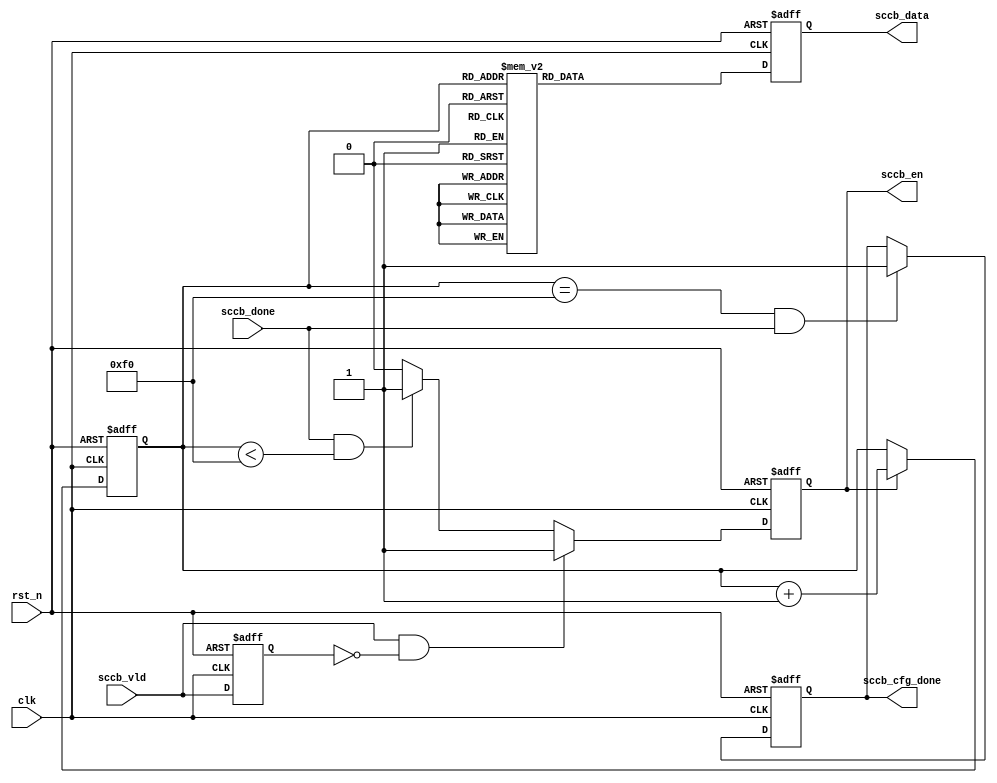
module sccb_ov5640_cfg
#(
    parameter CMOS_H_PIXEL      = 12'd640           ,
    parameter CMOS_V_PIXEL      = 12'd480           ,
    parameter TOTAL_H_PIXEL     = 13'd1800          ,
    parameter TOTAL_V_PIXEL     = 13'd1000          ,
    parameter REG_NUM           = 240                
)
(
    input   wire                clk                 ,
    input   wire                rst_n               ,
    input   wire                sccb_vld            ,
    input   wire                sccb_done           ,
    output  reg                 sccb_en             ,
    output  reg     [23:0]      sccb_data           ,
    output  reg                 sccb_cfg_done        
);

    reg                         sccb_vld_r          ;
    wire                        sccb_start          ;
    reg    [7:0]                reg_cnt             ;

always @(posedge clk or negedge rst_n) begin
    if(!rst_n)
        sccb_vld_r <= 1'b0;
    else
        sccb_vld_r <= sccb_vld;
end

assign sccb_start = sccb_vld && ~sccb_vld_r;

always @(posedge clk or negedge rst_n) begin
    if(!rst_n)
        sccb_en <= 1'b0;
    else if(sccb_start)                   
        sccb_en <= 1'b1;
    else if(sccb_done && reg_cnt < REG_NUM)
        sccb_en <= 1'b1;
    else
        sccb_en <= 1'b0;    
end 
 
always @(posedge clk or negedge rst_n) begin
    if(!rst_n)
        reg_cnt <= 8'd0;
    else if(sccb_en)   
        reg_cnt <= reg_cnt + 8'b1;
end

always @(posedge clk or negedge rst_n) begin
    if(!rst_n)
        sccb_cfg_done <= 1'b0;
    else if((reg_cnt == REG_NUM) && sccb_done)
        sccb_cfg_done <= 1'b1;  
end        

always @(posedge clk or negedge rst_n) begin
    if(!rst_n)
        sccb_data <= 24'b0;
    else begin
        case(reg_cnt)
// ------------------------------------------------------------------------------------
            8'd0  : sccb_data <= {16'h3008,8'h02}; // Bit[7]: Bit[6]:
            8'd1  : sccb_data <= {16'h300e,8'h58}; //DVP  DVP enable
            8'd2  : sccb_data <= {16'h4300,8'h61}; // RGB565
            8'd3  : sccb_data <= {16'h503d,8'h00}; // 00 80 81 82
//PLL -----------------------------------------------------------------------------------------
            8'd4  : sccb_data <= {16'h3035,8'h11}; //PLL
            8'd5  : sccb_data <= {16'h3036,8'h3c}; //PLL
            8'd6  : sccb_data <= {16'h3037,8'h13}; //PLL bit[4]:0/1 bypass/2
//ISP(VGA) --------------------------------------------------------------------------------
            8'd7  : sccb_data <= {16'h3800,8'h00};
            8'd8  : sccb_data <= {16'h3801,8'h00};
            8'd9  : sccb_data <= {16'h3802,8'h00};
            8'd10 : sccb_data <= {16'h3803,8'h04};
            8'd11 : sccb_data <= {16'h3804,8'h0a};
            8'd12 : sccb_data <= {16'h3805,8'h3f};
            8'd13 : sccb_data <= {16'h3806,8'h07};
            8'd14 : sccb_data <= {16'h3807,8'h9b};
// --------------------------------------------------------------------------------
            8'd15 : sccb_data <= {16'h3808,{4'd0,CMOS_H_PIXEL[11:8]  }}; //4
            8'd16 : sccb_data <= {16'h3809,      CMOS_H_PIXEL[ 7:0]   }; //8
            8'd17 : sccb_data <= {16'h380a,{5'd0,CMOS_V_PIXEL[10:8]  }}; //3
            8'd18 : sccb_data <= {16'h380b,      CMOS_V_PIXEL[ 7:0]   }; //8
            
            8'd19 : sccb_data <= {16'h380c,{3'd0,TOTAL_H_PIXEL[12:8] }}; //5
            8'd20 : sccb_data <= {16'h380d,      TOTAL_H_PIXEL[ 7:0]  }; //8
            8'd21 : sccb_data <= {16'h380e,{3'd0,TOTAL_V_PIXEL[12:8] }}; //5    
            8'd22 : sccb_data <= {16'h380f,      TOTAL_V_PIXEL[ 7:0]  }; //8
// --------------------------------------------------------------------------------------
            8'd23 : sccb_data <= {16'h3810,8'h00}; //Timing Hoffset[11:8]
            8'd24 : sccb_data <= {16'h3811,8'h10}; //Timing Hoffset[7:0]
            8'd25 : sccb_data <= {16'h3812,8'h00}; //Timing Voffset[10:8]
            8'd26 : sccb_data <= {16'h3813,8'h06}; //Timing Voffset[7:0]
            8'd27 : sccb_data <= {16'h3814,8'h31}; //Timing X INC
            8'd28 : sccb_data <= {16'h3815,8'h31}; //Timing Y INC
// ----------------------------------------------------------------------------------------
            8'd29 : sccb_data <= {16'h3820,8'h46}; //40/46
            8'd30 : sccb_data <= {16'h3821,8'h01}; //01/07
//SCCB ----------------------------------------------------------------------------------------
            8'd31 : sccb_data <= {16'h3103,8'h02}; //Bit[1]:1 PLL Clock
            8'd32 : sccb_data <= {16'h3108,8'h01}; //
//VCM -----------------------------------------------------------------------------------------
            8'd33 : sccb_data <= {16'h3600,8'h08}; //VCM,
            8'd34 : sccb_data <= {16'h3601,8'h33}; //VCM,
//AEC/AGC -------------------------------------------------------------------------------------
            8'd35 : sccb_data <= {16'h3a02,8'h17}; //60Hz max exposure
            8'd36 : sccb_data <= {16'h3a03,8'h10}; //60Hz max exposure
            8'd37 : sccb_data <= {16'h3a0f,8'h30}; //AEC;stable range in high
            8'd38 : sccb_data <= {16'h3a10,8'h28}; //AEC;stable range in low
            8'd39 : sccb_data <= {16'h3a11,8'h60}; //AEC; fast zone high
            8'd40 : sccb_data <= {16'h3a13,8'h43}; //AEC()
            8'd41 : sccb_data <= {16'h3a14,8'h17}; //50Hz max exposure
            8'd42 : sccb_data <= {16'h3a15,8'h10}; //50Hz max exposure
            8'd43 : sccb_data <= {16'h3a18,8'h00}; //AEC 
            8'd44 : sccb_data <= {16'h3a19,8'hf8}; //AEC 
            8'd45 : sccb_data <= {16'h3a1b,8'h30}; //AEC;stable range out high
            8'd46 : sccb_data <= {16'h3a1e,8'h26}; //AEC;stable range out low
            8'd47 : sccb_data <= {16'h3a1f,8'h14}; //AEC; fast zone low
//5060Hz --------------------------------------------------------------------------------------
            8'd48 : sccb_data <= {16'h3c01,8'h34};
            8'd49 : sccb_data <= {16'h3c04,8'h28};
            8'd50 : sccb_data <= {16'h3c05,8'h98};
            8'd51 : sccb_data <= {16'h3c06,8'h00}; //light meter 1 [15:8]
            8'd52 : sccb_data <= {16'h3c07,8'h08}; //light meter 1 [7:0]
            8'd53 : sccb_data <= {16'h3c08,8'h00}; //light meter 2 [15:8]
            8'd54 : sccb_data <= {16'h3c09,8'h1c}; //light meter 2 [7:0]
            8'd55 : sccb_data <= {16'h3c0a,8'h9c}; //sample number[15:8]
            8'd56 : sccb_data <= {16'h3c0b,8'h40}; //sample number[7:0]
//BLC -----------------------------------------------------------------------------------------
            8'd57 : sccb_data <= {16'h4001,8'h02}; //BLC()
            8'd58 : sccb_data <= {16'h4004,8'h02}; //BLC() 2 lines
            8'd59 : sccb_data <= {16'h4005,8'h1a}; //BLC()
//ISP -----------------------------------------------------------------------------------------
            8'd60 : sccb_data <= {16'h5000,8'ha7}; //ISP 
            8'd61 : sccb_data <= {16'h5001,8'ha3}; //ISP 
            8'd62 : sccb_data <= {16'h501d,8'h40}; //ISP 
            8'd63 : sccb_data <= {16'h501f,8'h01}; //ISP RGB
//LENC() 16'h5800~16'h583d --------------------------------------------------------
            8'd64 : sccb_data <= {16'h5800,8'h23};
            8'd65 : sccb_data <= {16'h5801,8'h14};
            8'd66 : sccb_data <= {16'h5802,8'h0f};
            8'd67 : sccb_data <= {16'h5803,8'h0f};
            8'd68 : sccb_data <= {16'h5804,8'h12};
            8'd69 : sccb_data <= {16'h5805,8'h26};
            8'd70 : sccb_data <= {16'h5806,8'h0c};
            8'd71 : sccb_data <= {16'h5807,8'h08};
            8'd72 : sccb_data <= {16'h5808,8'h05};
            8'd73 : sccb_data <= {16'h5809,8'h05};
            8'd74 : sccb_data <= {16'h580a,8'h08};
            8'd75 : sccb_data <= {16'h580b,8'h0d};
            8'd76 : sccb_data <= {16'h580c,8'h08};
            8'd77 : sccb_data <= {16'h580d,8'h03};
            8'd78 : sccb_data <= {16'h580e,8'h00};
            8'd79 : sccb_data <= {16'h580f,8'h00};
            8'd80 : sccb_data <= {16'h5810,8'h03};
            8'd81 : sccb_data <= {16'h5811,8'h09};
            8'd82 : sccb_data <= {16'h5812,8'h07};
            8'd83 : sccb_data <= {16'h5813,8'h03};
            8'd84 : sccb_data <= {16'h5814,8'h00};
            8'd85 : sccb_data <= {16'h5815,8'h01};
            8'd86 : sccb_data <= {16'h5816,8'h03};
            8'd87 : sccb_data <= {16'h5817,8'h08};
            8'd88 : sccb_data <= {16'h5818,8'h0d};
            8'd89 : sccb_data <= {16'h5819,8'h08};
            8'd90 : sccb_data <= {16'h581a,8'h05};
            8'd91 : sccb_data <= {16'h581b,8'h06};
            8'd92 : sccb_data <= {16'h581c,8'h08};
            8'd93 : sccb_data <= {16'h581d,8'h0e};
            8'd94 : sccb_data <= {16'h581e,8'h29};
            8'd95 : sccb_data <= {16'h581f,8'h17};
            8'd96 : sccb_data <= {16'h5820,8'h11};
            8'd97 : sccb_data <= {16'h5821,8'h11};
            8'd98 : sccb_data <= {16'h5822,8'h15};
            8'd99 : sccb_data <= {16'h5823,8'h28};
            8'd100: sccb_data <= {16'h5824,8'h46};
            8'd101: sccb_data <= {16'h5825,8'h26};
            8'd102: sccb_data <= {16'h5826,8'h08};
            8'd103: sccb_data <= {16'h5827,8'h26};
            8'd104: sccb_data <= {16'h5828,8'h64};
            8'd105: sccb_data <= {16'h5829,8'h26};
            8'd106: sccb_data <= {16'h582a,8'h24};
            8'd107: sccb_data <= {16'h582b,8'h22};
            8'd108: sccb_data <= {16'h582c,8'h24};
            8'd109: sccb_data <= {16'h582d,8'h24};
            8'd110: sccb_data <= {16'h582e,8'h06};
            8'd111: sccb_data <= {16'h582f,8'h22};
            8'd112: sccb_data <= {16'h5830,8'h40};
            8'd113: sccb_data <= {16'h5831,8'h42};
            8'd114: sccb_data <= {16'h5832,8'h24};
            8'd115: sccb_data <= {16'h5833,8'h26};
            8'd116: sccb_data <= {16'h5834,8'h24};
            8'd117: sccb_data <= {16'h5835,8'h22};
            8'd118: sccb_data <= {16'h5836,8'h22};
            8'd119: sccb_data <= {16'h5837,8'h26};
            8'd120: sccb_data <= {16'h5838,8'h44};
            8'd121: sccb_data <= {16'h5839,8'h24};
            8'd122: sccb_data <= {16'h583a,8'h26};
            8'd123: sccb_data <= {16'h583b,8'h28};
            8'd124: sccb_data <= {16'h583c,8'h42};
            8'd125: sccb_data <= {16'h583d,8'hce};
//AWB() 16'h5180~16'h519e -------------------------------------------------------
            8'd126: sccb_data <= {16'h5180,8'hff};
            8'd127: sccb_data <= {16'h5181,8'hf2};
            8'd128: sccb_data <= {16'h5182,8'h00};
            8'd129: sccb_data <= {16'h5183,8'h14};
            8'd130: sccb_data <= {16'h5184,8'h25};
            8'd131: sccb_data <= {16'h5185,8'h24};
            8'd132: sccb_data <= {16'h5186,8'h09};
            8'd133: sccb_data <= {16'h5187,8'h09};
            8'd134: sccb_data <= {16'h5188,8'h09};
            8'd135: sccb_data <= {16'h5189,8'h75};
            8'd136: sccb_data <= {16'h518a,8'h54};
            8'd137: sccb_data <= {16'h518b,8'he0};
            8'd138: sccb_data <= {16'h518c,8'hb2};
            8'd139: sccb_data <= {16'h518d,8'h42};
            8'd140: sccb_data <= {16'h518e,8'h3d};
            8'd141: sccb_data <= {16'h518f,8'h56};
            8'd142: sccb_data <= {16'h5190,8'h46};
            8'd143: sccb_data <= {16'h5191,8'hf8};
            8'd144: sccb_data <= {16'h5192,8'h04};
            8'd145: sccb_data <= {16'h5193,8'h70};
            8'd146: sccb_data <= {16'h5194,8'hf0};
            8'd147: sccb_data <= {16'h5195,8'hf0};
            8'd148: sccb_data <= {16'h5196,8'h03};
            8'd149: sccb_data <= {16'h5197,8'h01};
            8'd150: sccb_data <= {16'h5198,8'h04};
            8'd151: sccb_data <= {16'h5199,8'h12};
            8'd152: sccb_data <= {16'h519a,8'h04};
            8'd153: sccb_data <= {16'h519b,8'h00};
            8'd154: sccb_data <= {16'h519c,8'h06};
            8'd155: sccb_data <= {16'h519d,8'h82};
            8'd156: sccb_data <= {16'h519e,8'h38};
//Gamma() 16'h5480~16'h5490 -----------------------------------------------------------
            8'd157: sccb_data <= {16'h5480,8'h01};
            8'd158: sccb_data <= {16'h5481,8'h08};
            8'd159: sccb_data <= {16'h5482,8'h14};
            8'd160: sccb_data <= {16'h5483,8'h28};
            8'd161: sccb_data <= {16'h5484,8'h51};
            8'd162: sccb_data <= {16'h5485,8'h65};
            8'd163: sccb_data <= {16'h5486,8'h71};
            8'd164: sccb_data <= {16'h5487,8'h7d};
            8'd165: sccb_data <= {16'h5488,8'h87};
            8'd166: sccb_data <= {16'h5489,8'h91};
            8'd167: sccb_data <= {16'h548a,8'h9a};
            8'd168: sccb_data <= {16'h548b,8'haa};
            8'd169: sccb_data <= {16'h548c,8'hb8};
            8'd170: sccb_data <= {16'h548d,8'hcd};
            8'd171: sccb_data <= {16'h548e,8'hdd};
            8'd172: sccb_data <= {16'h548f,8'hea};
            8'd173: sccb_data <= {16'h5490,8'h1d};
//CMX() 16'h5381~16'h538b ---------------------------------------------------------
            8'd174: sccb_data <= {16'h5381,8'h1e};
            8'd175: sccb_data <= {16'h5382,8'h5b};
            8'd176: sccb_data <= {16'h5383,8'h08};
            8'd177: sccb_data <= {16'h5384,8'h0a};
            8'd178: sccb_data <= {16'h5385,8'h7e};
            8'd179: sccb_data <= {16'h5386,8'h88};
            8'd180: sccb_data <= {16'h5387,8'h7c};
            8'd181: sccb_data <= {16'h5388,8'h6c};
            8'd182: sccb_data <= {16'h5389,8'h10};
            8'd183: sccb_data <= {16'h538a,8'h01};
            8'd184: sccb_data <= {16'h538b,8'h98};
//SDE() 16'h5580~16'h558b -----------------------------------------------------
            8'd185: sccb_data <= {16'h5580,8'h06};
            8'd186: sccb_data <= {16'h5583,8'h40};
            8'd187: sccb_data <= {16'h5584,8'h10};
            8'd188: sccb_data <= {16'h5589,8'h10};
            8'd189: sccb_data <= {16'h558a,8'h00};
            8'd190: sccb_data <= {16'h558b,8'hf8};
//CIP() (16'h5300~16'h530c) -------------------------------------------------------
            8'd191: sccb_data <= {16'h5300,8'h08};
            8'd192: sccb_data <= {16'h5301,8'h30};
            8'd193: sccb_data <= {16'h5302,8'h10};
            8'd194: sccb_data <= {16'h5303,8'h00};
            8'd195: sccb_data <= {16'h5304,8'h08};
            8'd196: sccb_data <= {16'h5305,8'h30};
            8'd197: sccb_data <= {16'h5306,8'h08};
            8'd198: sccb_data <= {16'h5307,8'h16};
            8'd199: sccb_data <= {16'h5309,8'h08};
            8'd200: sccb_data <= {16'h530a,8'h30};
            8'd201: sccb_data <= {16'h530b,8'h04};
            8'd202: sccb_data <= {16'h530c,8'h06};
// ------------------------------------------------------------------------------
            8'd203: sccb_data <= {16'h3000,8'h00}; //
            8'd204: sccb_data <= {16'h3004,8'hff}; //
            8'd205: sccb_data <= {16'h3017,8'hff}; //I/O[3:0]     00:input ff:output 
            8'd206: sccb_data <= {16'h3018,8'hff}; //I/O[7:2]     00:input ff:output
            8'd207: sccb_data <= {16'h3016,8'h02};
            8'd208: sccb_data <= {16'h301c,8'h02};
            8'd209: sccb_data <= {16'h3019,8'h02}; //
            8'd210: sccb_data <= {16'h3019,8'h00}; //
//others --------------------------------------------------------------------------------------
            8'd211: sccb_data <= {16'h3612,8'h29};
            8'd212: sccb_data <= {16'h3618,8'h00};
            8'd213: sccb_data <= {16'h3620,8'h52};
            8'd214: sccb_data <= {16'h3621,8'he0};
            8'd215: sccb_data <= {16'h3622,8'h01};
            8'd216: sccb_data <= {16'h302d,8'h60}; //
            8'd217: sccb_data <= {16'h3630,8'h36};
            8'd218: sccb_data <= {16'h3631,8'h0e};
            8'd219: sccb_data <= {16'h3632,8'he2};
            8'd220: sccb_data <= {16'h3633,8'h12};
            8'd221: sccb_data <= {16'h3634,8'h40};
            8'd222: sccb_data <= {16'h3635,8'h13};
            8'd223: sccb_data <= {16'h3636,8'h03};
            8'd224: sccb_data <= {16'h3703,8'h5a};
            8'd225: sccb_data <= {16'h3704,8'ha0};
            8'd226: sccb_data <= {16'h3705,8'h1a};
            8'd227: sccb_data <= {16'h3708,8'h64};
            8'd228: sccb_data <= {16'h3709,8'h52};
            8'd229: sccb_data <= {16'h370b,8'h60};
            8'd230: sccb_data <= {16'h370c,8'h03};
            8'd231: sccb_data <= {16'h3715,8'h78};
            8'd232: sccb_data <= {16'h3717,8'h01};
            8'd233: sccb_data <= {16'h371b,8'h20};
            8'd234: sccb_data <= {16'h3731,8'h12};
            8'd235: sccb_data <= {16'h3901,8'h0a};
            8'd236: sccb_data <= {16'h3905,8'h02};
            8'd237: sccb_data <= {16'h3906,8'h10};
            8'd238: sccb_data <= {16'h3b07,8'h0a}; //
            8'd239: sccb_data <= {16'h4407,8'h04}; //
            default:sccb_data <= {16'h300a,8'h00}; //ID8
        endcase
    end
end



endmodule